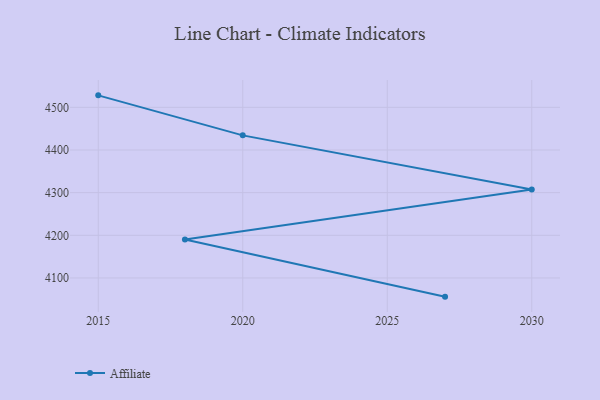
{"axis": {"x": "Year", "y": "Shipments"}, "legend": ["Affiliate"], "data": [{"x": "2027", "y": 4056.2, "type": "Affiliate"}, {"x": "2018", "y": 4190.0, "type": "Affiliate"}, {"x": "2030", "y": 4307.5, "type": "Affiliate"}, {"x": "2020", "y": 4434.3, "type": "Affiliate"}, {"x": "2015", "y": 4528.1, "type": "Affiliate"}]}